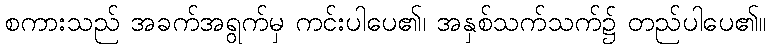
စကားသည် အခက်အရွက်မှ ကင်းပါပေ၏၊ အနှစ်သက်သက်၌ တည်ပါပေ၏။